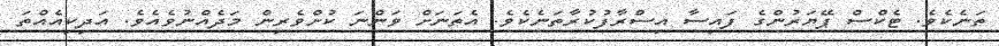
ތަނެކެވެ. ޓެކްސް ޕޭޔަރުންގެ ފައިސާ އިސްރާފުކުރާތަނެކެވެ. އެތަނަށް ވަންނަ ކުށްވެރިން މަދެއްނުވެއެވެ. އަދިކިއެއްތަ